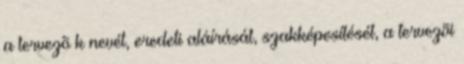
a tervezõ k nevét, eredeti aláírását, szakképesítését, a tervezõi